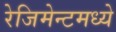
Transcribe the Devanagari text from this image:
रेजिमेन्टमध्ये